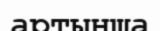
артынша